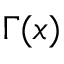
\Gamma ( x )